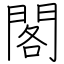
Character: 閣